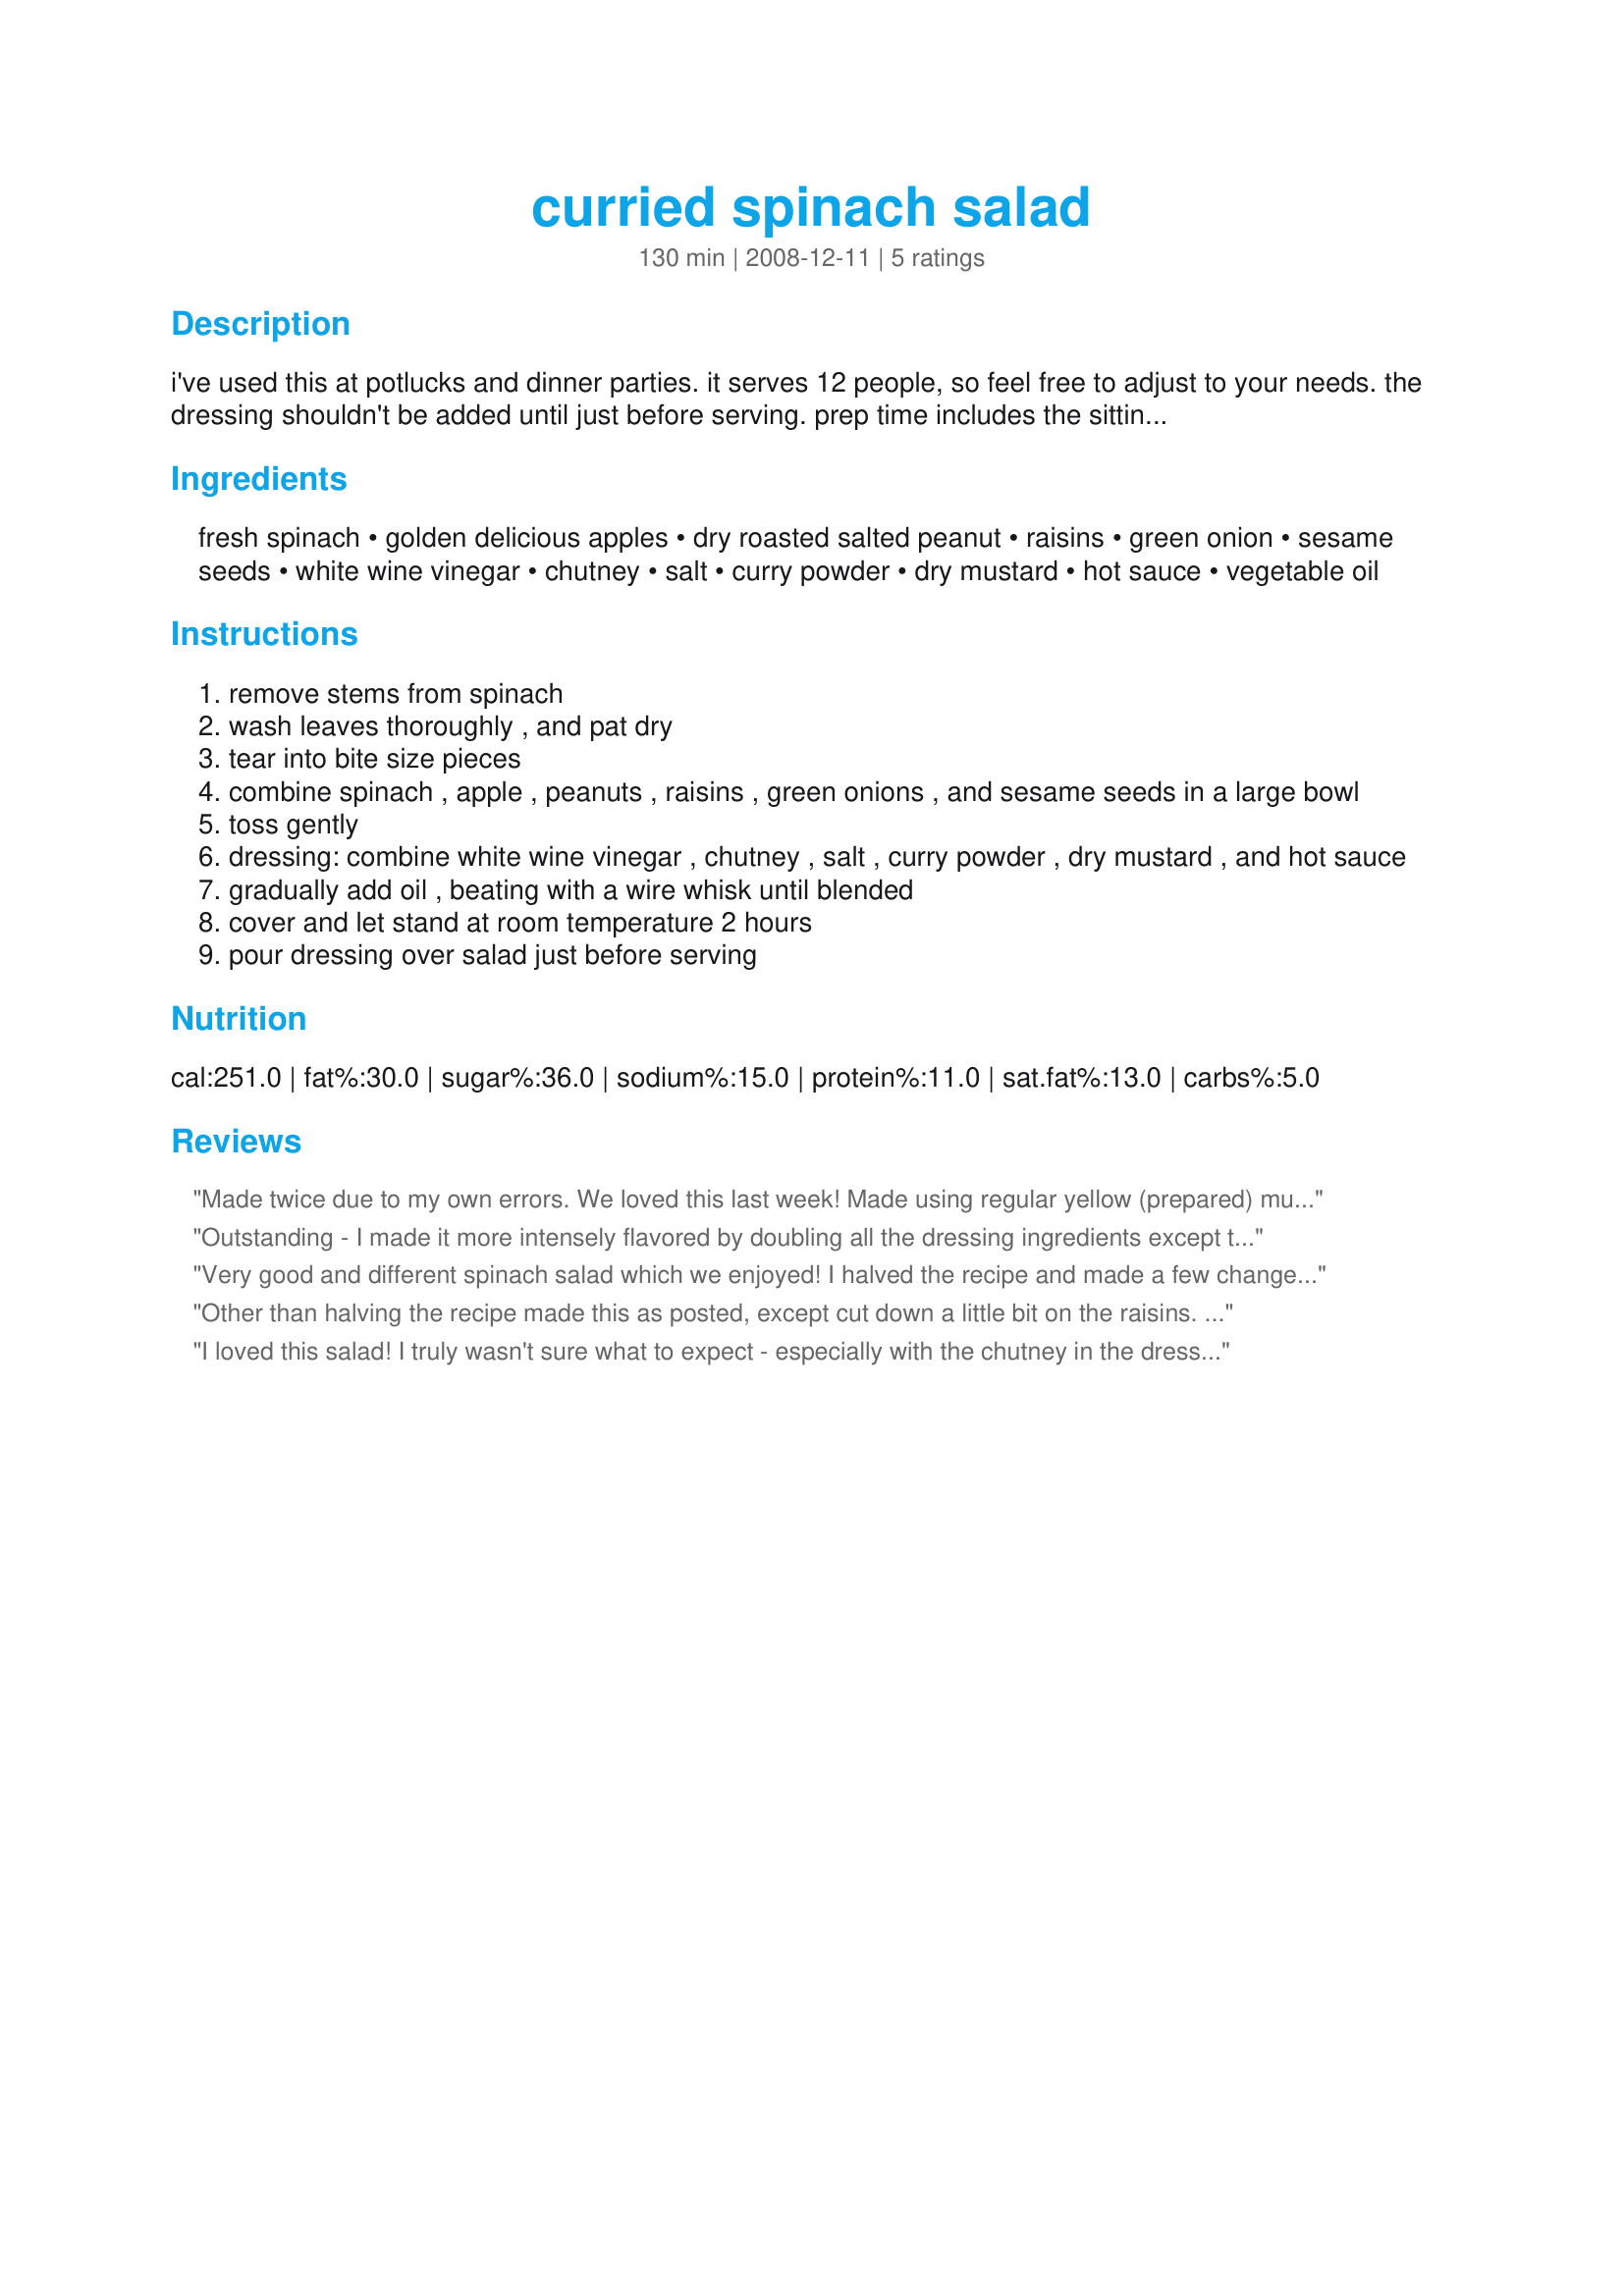
curried spinach salad
Preparation time: 130 minutes

i've used this at potlucks and dinner parties. it serves 12 people, so feel free to adjust to your needs. the dressing shouldn't be added until just before serving. prep time includes the sitting time for the dressing!

Ingredients:
fresh spinach, golden delicious apples, dry roasted salted peanut, raisins, green onion, sesame seeds, white wine vinegar, chutney, salt, curry powder, dry mustard, hot sauce, vegetable oil

Steps:
remove stems from spinach
wash leaves thoroughly , and pat dry
tear into bite size pieces
combine spinach , apple , peanuts , raisins , green onions , and sesame seeds in a large bowl
toss gently
dressing: combine white wine vinegar , chutney , salt , curry powder , dry mustard , and hot sauce
gradually add oil , beating with a wire whisk until blended
cover and let stand at room temperature 2 hours
pour dressing over salad just before serving

Reviews:
Made twice due to my own errors. We loved this last week! Made using regular yellow (prepared) mustard, and forgot the peanuts and raisins. The substitution of the mustard was because I forgot to buy dried mustard and the missing nuts and raisins were I'm an air head and was eating when it dawned on me the nuts were missing. This week made as written not forgetting anything or making any substitutions and it was tasty but not as good. We decided the reason it was better the first time was because the yellow prepared mustard allowed the chutney to shine better then the powdered mustard did. Another big difference was last weeks spinach was younger and more tender then this weeks, thus having a milder flavor last week. All that said loved the chutney dressing made with prepared mustard and am planning on taking this salad to an up coming pot luck as it is very pretty and very tasty. Would tell anyone trying this please do not leave out the chutney as it adds a wonderful new dimension to both the dressing and salad. Thanks so much for the post.
Outstanding - I made it more intensely flavored by doubling all the dressing ingredients except the vinegar, oil and salt. Love the combo of ingredients and curry/chutney flavor, which I don't think I've had before in a salad. Direction #3 should probably be moved up to #1, since you don't need to assemble the salad until your dressing has stood for two hours.
Very good and different spinach salad which we enjoyed! I halved the recipe and made a few changes by using sunflower seeds instead of peanuts and skipped the chutney. Very good with pork chops!Thanks for sharing!
Other than halving the recipe made this as posted, except cut down a little bit on the raisins. The dfressing was exceptionally flavorful, and made for a nice compliment with dinner . Made for a nice twist on a salad, that was served with a Spinach Pie that made for a nice complete meal. Made for 1-2-3 hits.
I loved this salad! I truly wasn't sure what to expect - especially with the chutney in the dressing, but I loved every bite of it. The mango chutney and the curry added such great flavor while there were lots of textures that were great. Thanks breezermom for a nice keeper. Made for ZWT8 - India.
